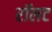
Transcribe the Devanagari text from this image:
रॉलट